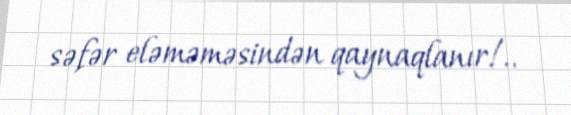
səfər eləməməsindən qaynaqlanır!..